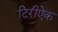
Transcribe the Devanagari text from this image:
टिरीऐक